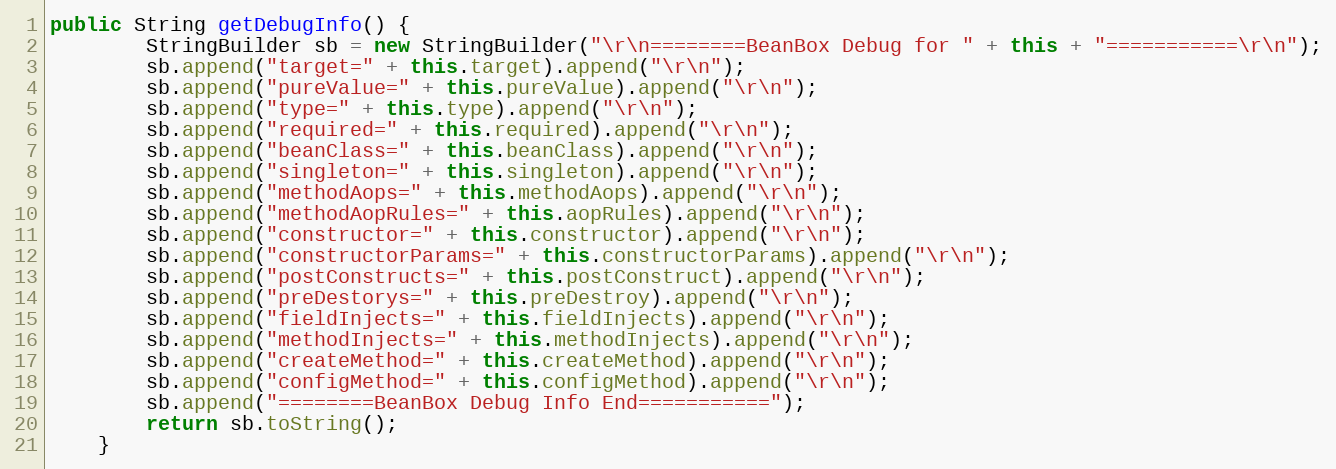
Language: Java
public String getDebugInfo() {
		StringBuilder sb = new StringBuilder("\r\n========BeanBox Debug for " + this + "===========\r\n");
		sb.append("target=" + this.target).append("\r\n");
		sb.append("pureValue=" + this.pureValue).append("\r\n");
		sb.append("type=" + this.type).append("\r\n");
		sb.append("required=" + this.required).append("\r\n");
		sb.append("beanClass=" + this.beanClass).append("\r\n");
		sb.append("singleton=" + this.singleton).append("\r\n");
		sb.append("methodAops=" + this.methodAops).append("\r\n");
		sb.append("methodAopRules=" + this.aopRules).append("\r\n");
		sb.append("constructor=" + this.constructor).append("\r\n");
		sb.append("constructorParams=" + this.constructorParams).append("\r\n");
		sb.append("postConstructs=" + this.postConstruct).append("\r\n");
		sb.append("preDestorys=" + this.preDestroy).append("\r\n");
		sb.append("fieldInjects=" + this.fieldInjects).append("\r\n");
		sb.append("methodInjects=" + this.methodInjects).append("\r\n");
		sb.append("createMethod=" + this.createMethod).append("\r\n");
		sb.append("configMethod=" + this.configMethod).append("\r\n");
		sb.append("========BeanBox Debug Info End===========");
		return sb.toString();
	}